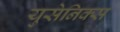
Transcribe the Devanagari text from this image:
युसेनिक्स